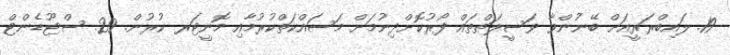
19. ލައިބްރަރީއަށް ބޭނުންވާ ވަސީލަތްތައް ފޯރުކޮށްދިނުމަށް މަސައްކަތްކުރުމާއި މޮނީޓަރ ކުރުން. 20. ސްޓޫޑެންޓް